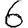
Digit: 6